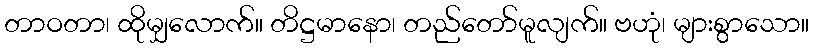
တာဝတာ၊ ထိုမျှလောက်။ တိဋ္ဌမာနော၊ တည်တော်မူလျက်။ ဗဟုံ၊ များစွာသော။